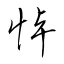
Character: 悼